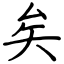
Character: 矣